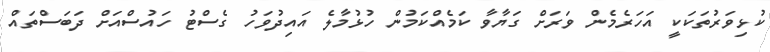
ކުޅިވަރުތަކަކީ އަހަރެމެން ވަރަށް ގަޔާވާ ކަމެއްކަމުން ހުޅުމާލެ އައިދުވަހު ގެސްޓު ހައުސްއަށް ދަބަސްތައް